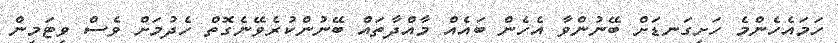
ހަމައެހެންމެ ހަށިގަނޑަށް ބޭނުންވާ އެހެން ބައެއް މާއްދާތައް ބޭނުންކުރެވޭނެގޮތް ހެދުމަށް ވެސް ވިޓަމިން